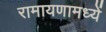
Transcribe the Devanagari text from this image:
रामायणामध्यें